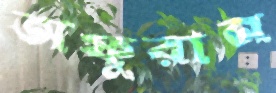
অফুরান